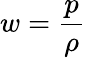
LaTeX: w=\frac{p}{\rho}